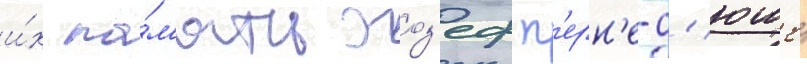
и́х па́м'ять жоз'еф п'ерн'е-д'юше